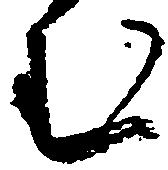
む